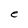
Character: e